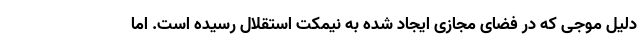
دلیل موجی که در فضای مجازی ایجاد شده به نیمکت استقلال رسیده است. اما